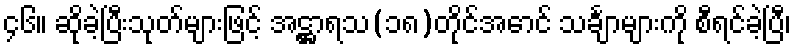
၄၆။ ဆိုခဲ့ပြီးသုတ်များဖြင့် အဋ္ဌာရသ(၁၈)တိုင်အောင် သင်္ချာများကို စီရင်ခဲ့ပြီ၊